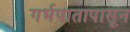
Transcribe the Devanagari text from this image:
गर्भपातापासून